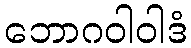
ဘောဂဝါဝါဒံ